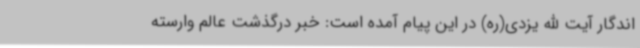
اندگار آیت الله یزدی(ره) در این پیام آمده است: خبر درگذشت عالم وارسته